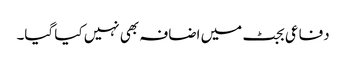
دفاعی بجٹ میں اضافہ بھی نہیں کیا گیا۔